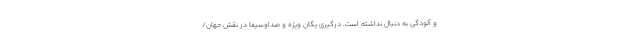
و آلودگی به دنبال نداشته است. درگیری یگان ویژه و صداوسیما در نقش جهان/